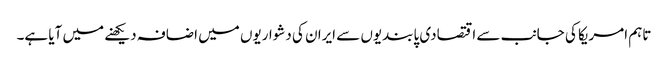
تاہم امریکا کی جانب سے اقتصادی پابندیوں سے ایران کی دشواریوں میں اضافہ دیکھنے میں آیا ہے۔